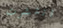
انتشرت